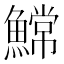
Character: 𫙲